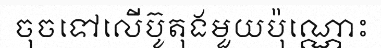
ចុចទៅលើប៊ូតុងមួយប៉ុណ្ណោះ